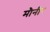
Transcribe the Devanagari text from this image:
मौनीर